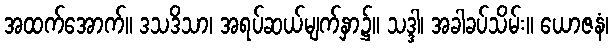
အထက်အောက်။ ဒသဒိသာ၊ အရပ်ဆယ်မျက်နှာ၌။ သဒ္ဒါ၊ အခါခပ်သိမ်း။ ယောဇနံ၊